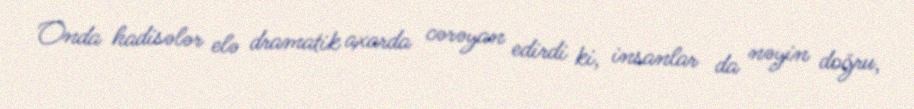
Onda hadisələr elə dramatik axarda cərəyan edirdi ki, insanlar da nəyin doğru,